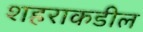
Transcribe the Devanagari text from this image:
शहराकडील